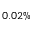
0 . 0 2 \%